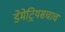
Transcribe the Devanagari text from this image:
डेमेट्रियसचाच